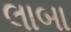
લાબા